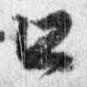
口